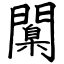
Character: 闑